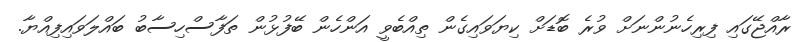
ރާއްޖޭގައި ފިރިހެނުންނަށް ވުރެ ބޮޑަށް ކިޔަވައިގެން ތިއްބެވީ އަންހެން ބޭފުޅުން ތަފާސްހިސާބު ބައްލަވައިފިއްޔާ.